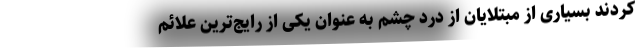
کردند بسیاری از مبتلایان از درد چشم به عنوان یکی از رایج‌ترین علائم